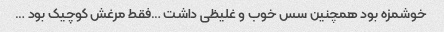
خوشمزه بود همچنین سس خوب و غلیظی داشت …فقط مرغش کوچیک بود …